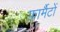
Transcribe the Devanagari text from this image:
फ़ार्मैटों